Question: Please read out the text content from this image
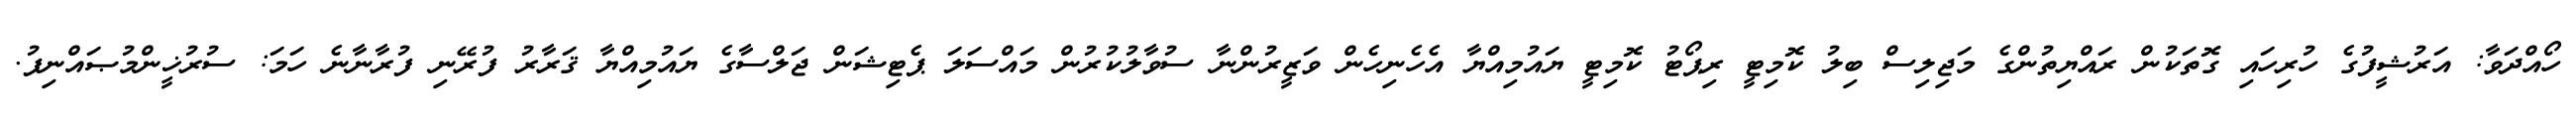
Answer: ހޯއްދަވާ: އަރުޝީފުގެ ހުރިހައި ގޮތަކުން ރައްޔިތުންގެ މަޖިލިސް ބިލު ކޮމިޓީ ރިޕޯޓު ކޮމިޓީ ޔައުމިއްޔާ އެހެނިހެން ވަޒީރުންނާ ސުވާލުކުރުން މައްސަލަ ޕެޓިޝަން ޖަލްސާގެ ޔައުމިއްޔާ ޤަރާރު ފުރޭނި ފުރާނާނެ ހަމަ: ސުރުޚީންމުޞައްނިފު.